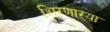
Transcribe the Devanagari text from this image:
शिरणाऱ्या